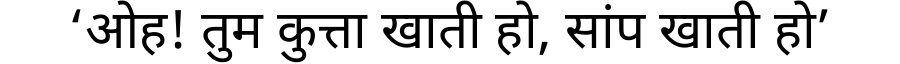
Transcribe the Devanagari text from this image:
‘ओह! तुम कुत्ता खाती हो, सांप खाती हो’